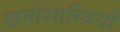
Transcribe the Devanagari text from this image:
खगोशास्त्रियों